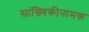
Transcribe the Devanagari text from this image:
सांख्यिकीनामक